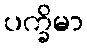
ပက္ခိမာ